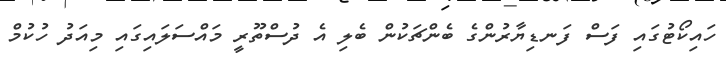
ހައިކޯޓުގައި ފަސް ފަނޑިޔާރުންގެ ބެންޗަކުން ބެލި އެ ދުސްތޫރީ މައްސަލައިގައި މިއަދު ހުކުމް